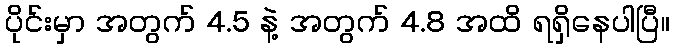
ပိုင်းမှာ အတွက် 4.5 နဲ့ အတွက် 4.8 အထိ ရရှိနေပါပြီ။